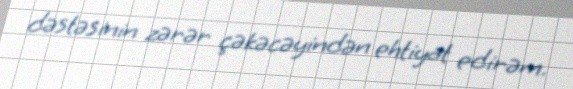
dəstəsinin zərər çəkəcəyindən ehtiyat edirəm.